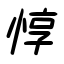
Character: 惇